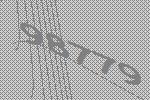
98779